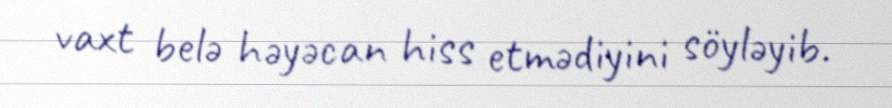
vaxt belə həyəcan hiss etmədiyini söyləyib.